Eesti_Vabariigi_Tartu_Ulikool, lk 306
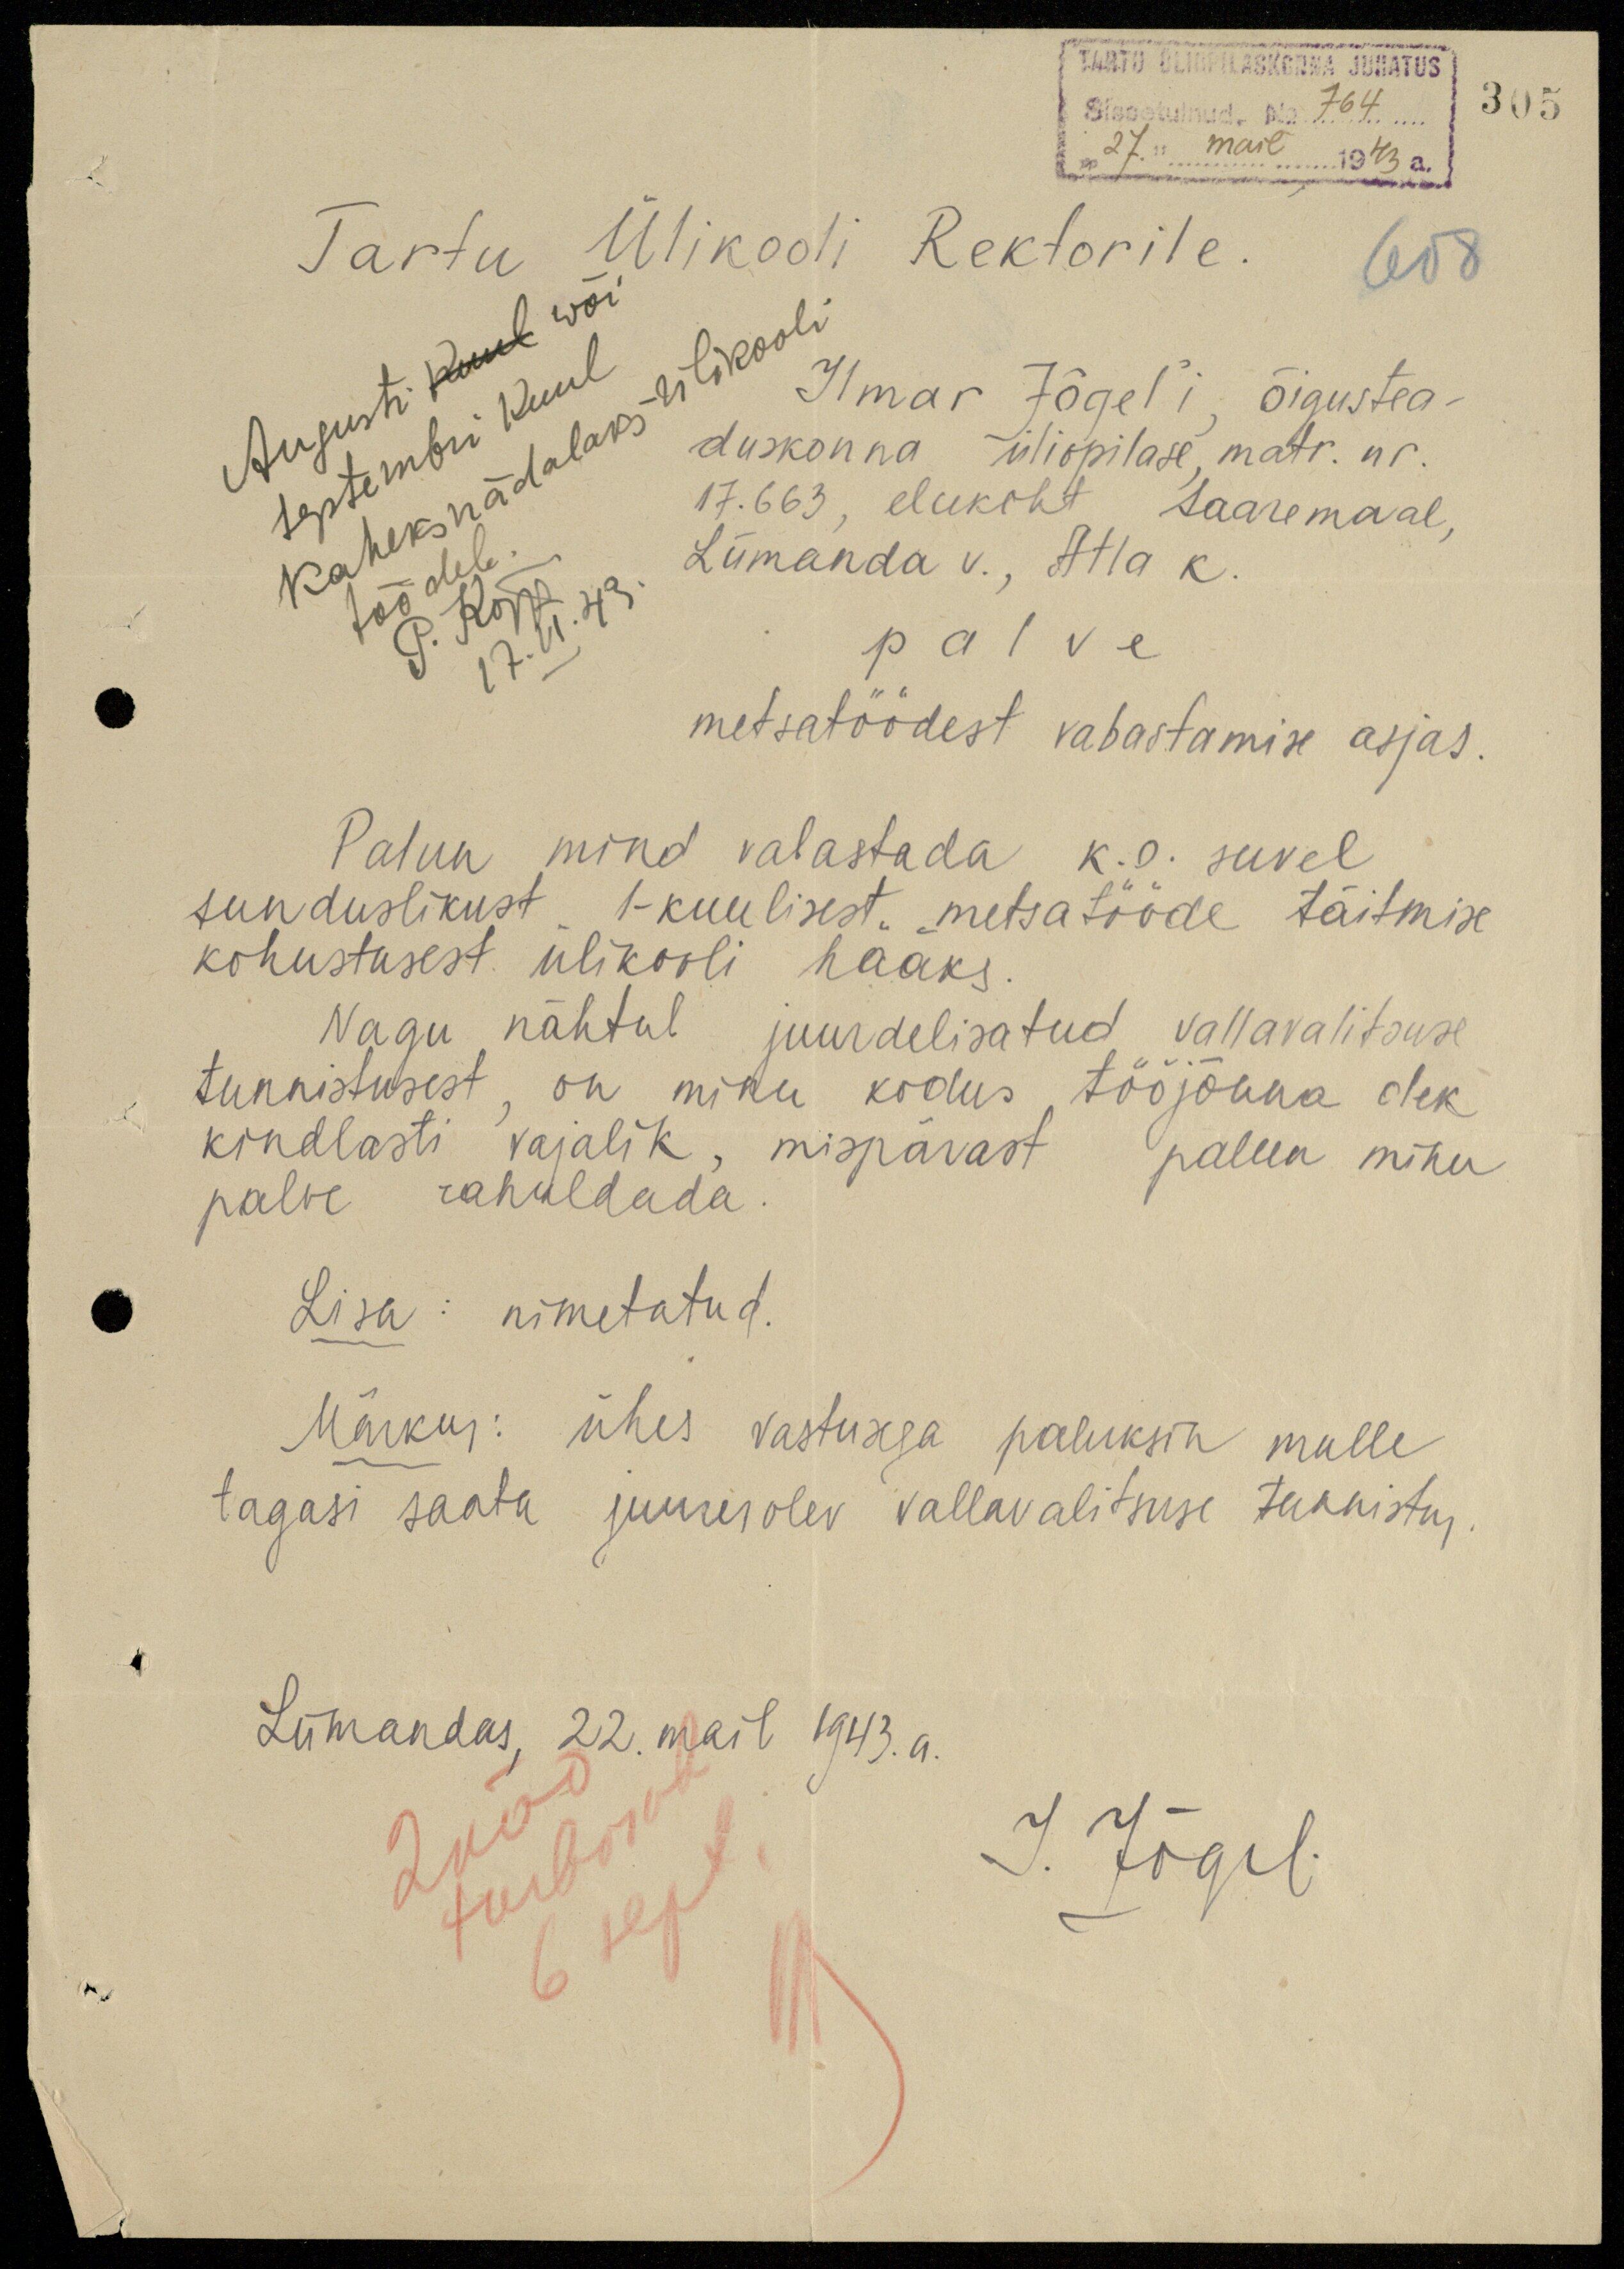
305
TARTU ÜLIÕPILASKONNA JUHATUS
Sissetulnud. No. 764
"27." mail 1943 a.
608
Tartu Ülikooli Rektorile.
Ilmar Jõgel'i, õigustea-
duskonna üliõpilase, matr. nr.
17.663, elukoht Saaremaal,
Lümanda v., Atla k
palve
metsatöödest vabastamise asjas.
Palun mind vabastada k.o. suvel
sunduslikust 1-kuulisest metsatööde täitmise
kohustusest ülikooli hääks.
Nagu nähtub juurdelisatud vallavalitsuse
tunnistusest, on minu kodus tööjõuna olek
kindlasti vajalik, mispärast palun minu
palve rahuldada.
Lisa: nimetatud.
Märkus: ühes vastusega paluksin mulle
tagasi saata juuresolev vallavalitsuse tunnistus.
Lümandas, 22. mail 1943. a.
6 sept.
I. Jõgel.